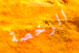
الرخصة